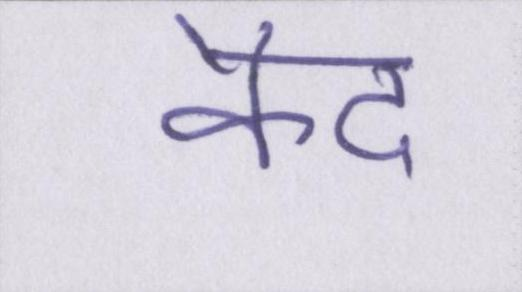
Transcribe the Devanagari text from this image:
कैद